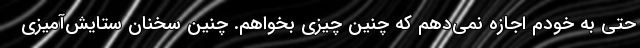
حتی به خودم اجازه نمی‌دهم که چنین چیزی بخواهم. چنین سخنان ستایش‌آمیزی